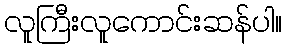
လူကြီးလူကောင်းဆန်ပါ။